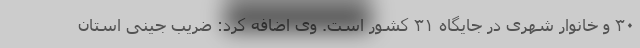
۳۰ و خانوار شهری در جایگاه ۳۱ کشور است. وی اضافه کرد: ضریب جینی استان